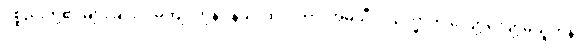
ပစ္စည်းတို့၏ များခြင်းငှာမကျင့်ကုန်။ နသာထလိကာ၊ အဓိသီလသိက္ခာကို လျော့လျော့မယူကုန်။